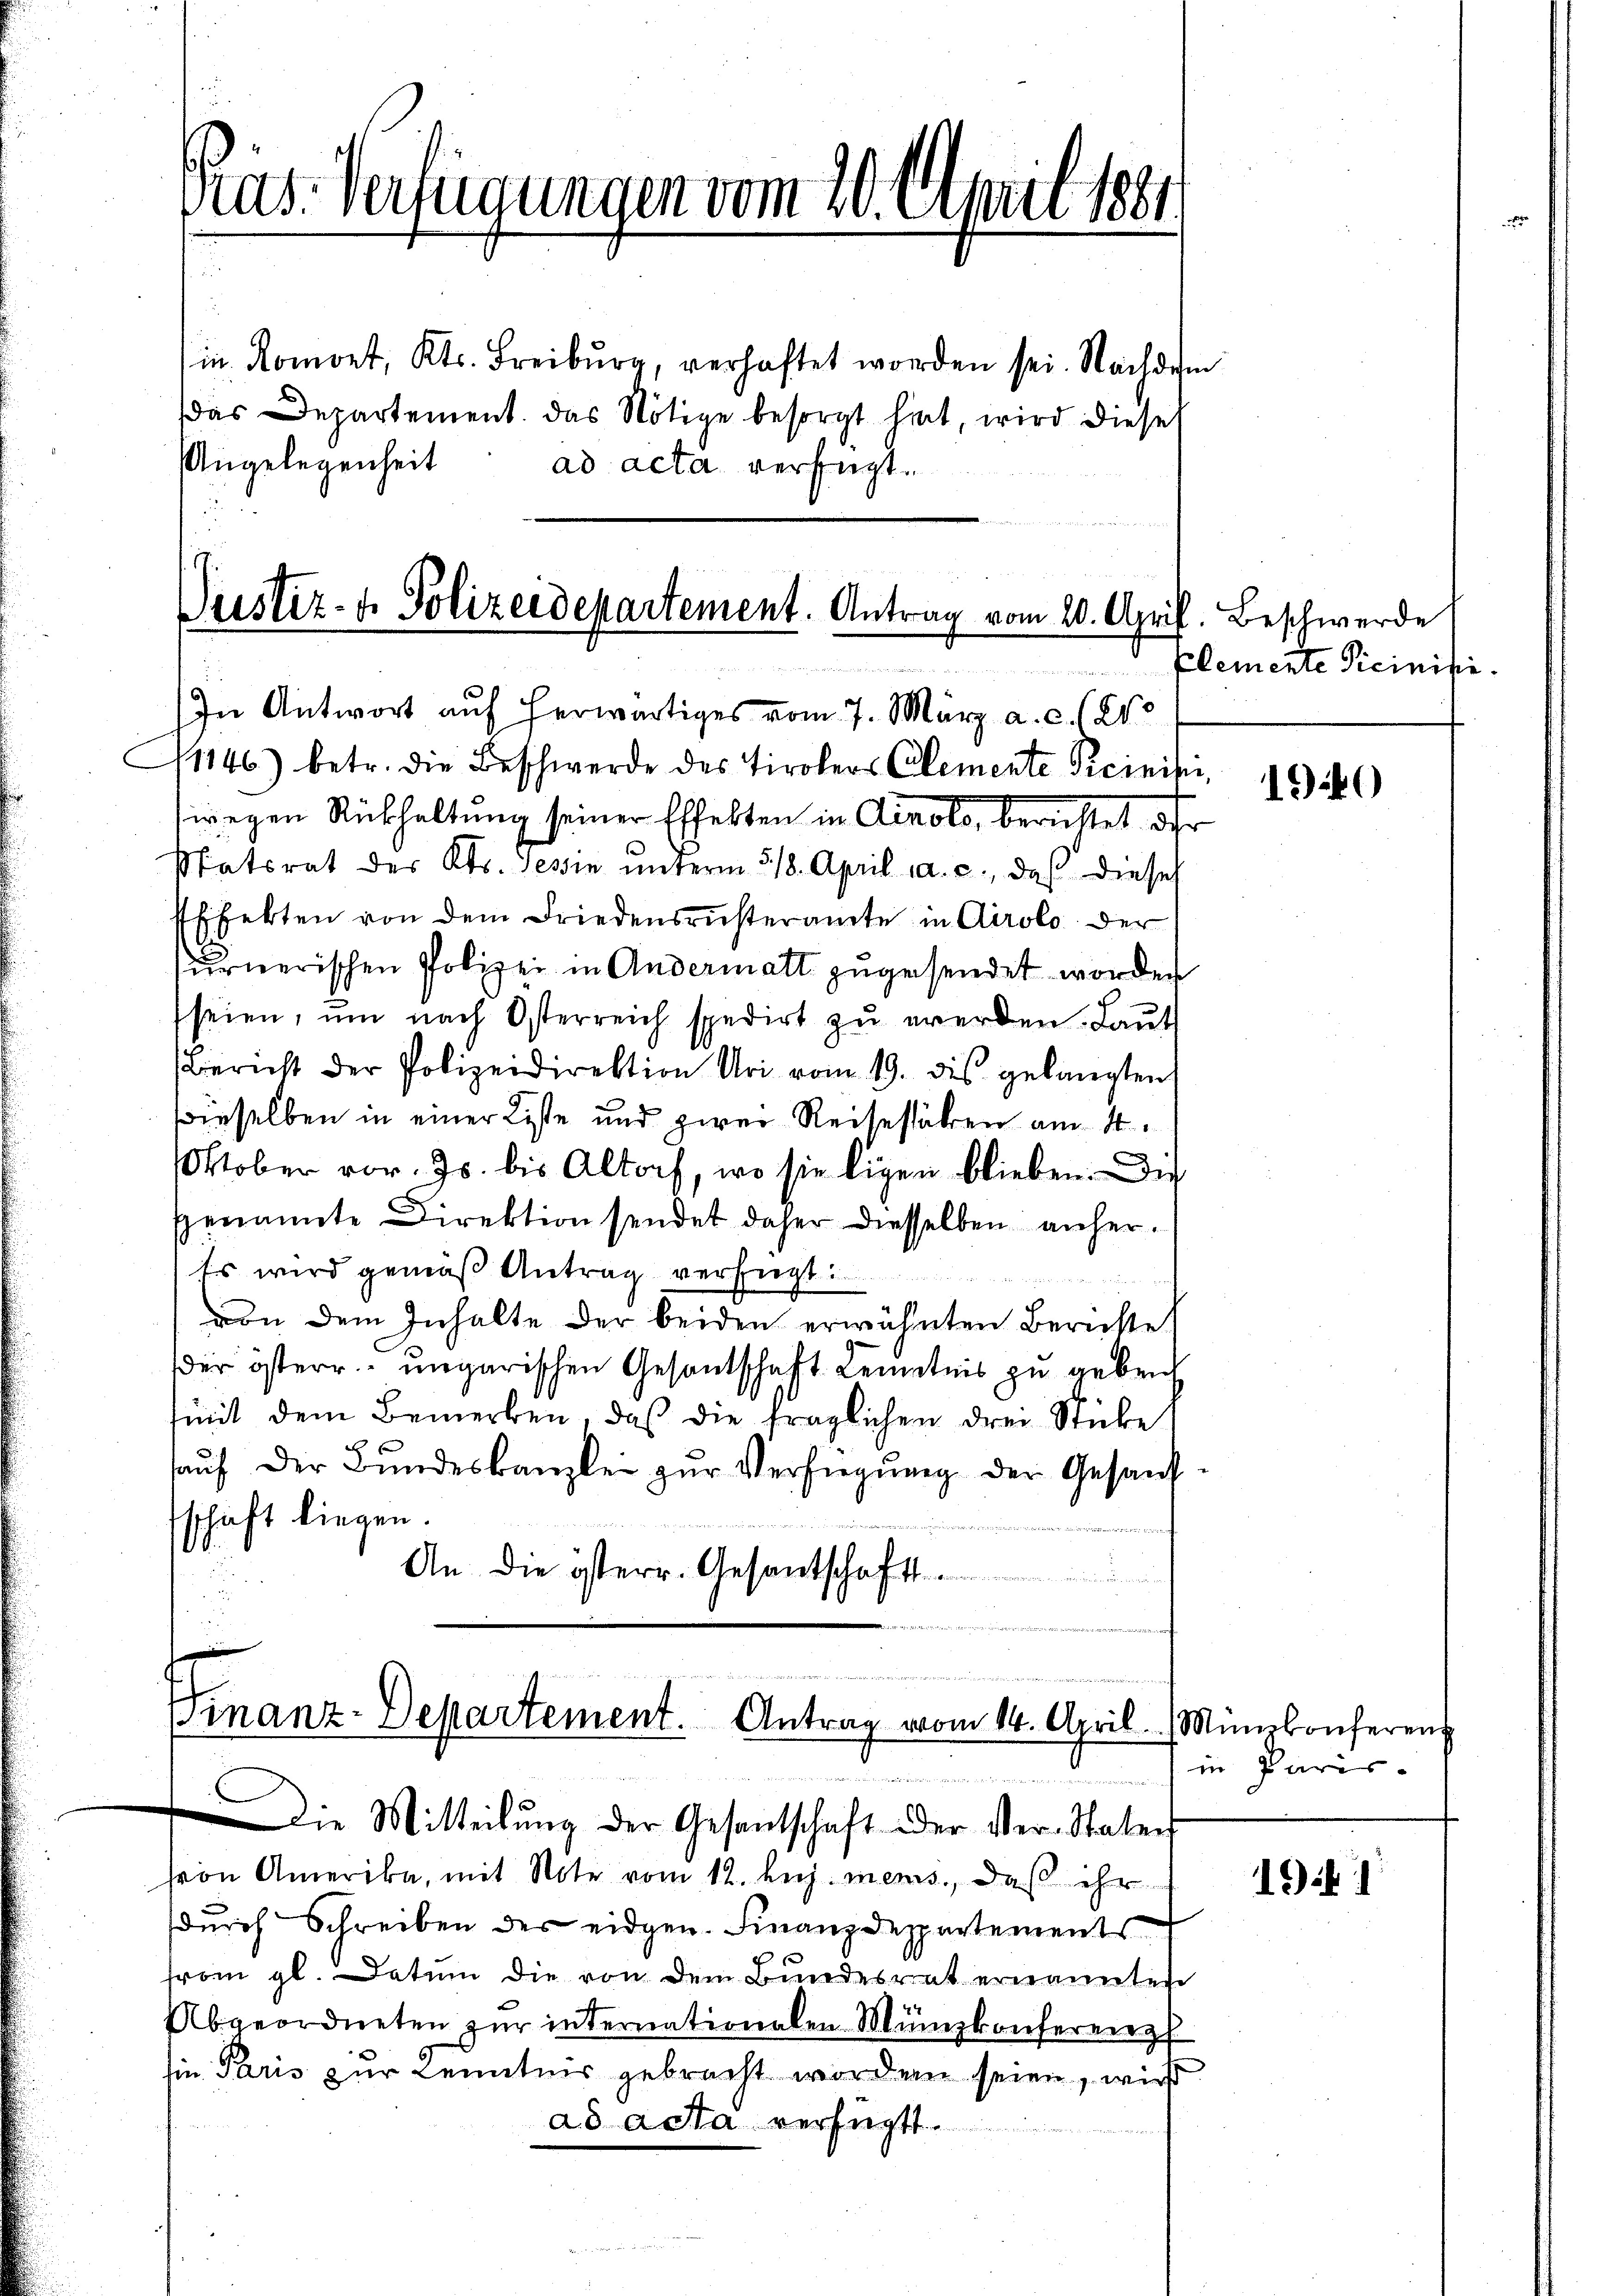
in Romont, Kts. Freiburg, verhaftet worden sei. Nachdem
das Departement. Das Nötige besorgt hint, wird diese
Angelegenheit
ad acta verfügt.

Präs. Verfügungen vom 20. April 1881

1146) betr. die Beschwerde des Tirolers Clemente Reinini,
wegen Rückhaltung seiner Effekten in Airolo, berichtet ihr
Statsrat des Kts. Tessin ŭnterm 518. April a. c., daß dieses
Effekten von dem Friedensrüsteramte in Airolo der
urnerischen Polizei in Andermatt zugesendet worden
seien, ŭm nach Osterreich spedirt zŭ werden. Laŭt
Bericht der Polizeidirektion Uri vom 19. des gelangten
wieselben in einer Liste und zwei Reisestätten am 4.
Oktober vor. Js. bis Altorf, wo sie ligen blieben. Die
genannte Direktion sendet daher diesselben anher¬
Es wird gemäß Antrag verfügt:
von dem Inhalte der beiden erwähnten Berichte
der österr. ungarischen Gesantschaft Kenntnis zu gebrich
tmit dem Bemerken, daß die fraglichen drei Stücke
aŭf der Bŭndeskanzlei zŭr Verfügŭng der Gesandschaft liegen.
An die österr. Gesantschafts

Justiz- & Polizeidepartement. Antrag vom 20. April. Beschwerde
utsein dieser
In Antwort auf herwärtiges vom 7. März a. c. (210

Finanz-Departement. Antrag vom 14. April.
u
Die Mitteilŭng der Gesandtschaft der Ver-Staten

son Amerika, mit Note vom 12. huj. mems., daß ihr
durch Schreiben der eidgen. Finanzdepartements
from gl. Datum die von dem Bundesrat ernannten
Abgeordneten zŭr internationalen Münzkonferenz
Ein Paris zur Kenntnis gebracht worden seien, wird
ad acta verfügt.

plemente Siciniti.

1340)

Münzkonferent
in Paris

191